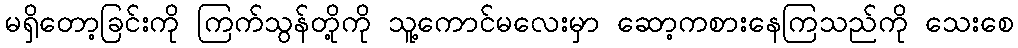
မရှိတော့ခြင်းကို ကြက်သွန်တို့ကို သူ့ကောင်မလေးမှာ ဆော့ကစားနေကြသည်ကို သေးစေ